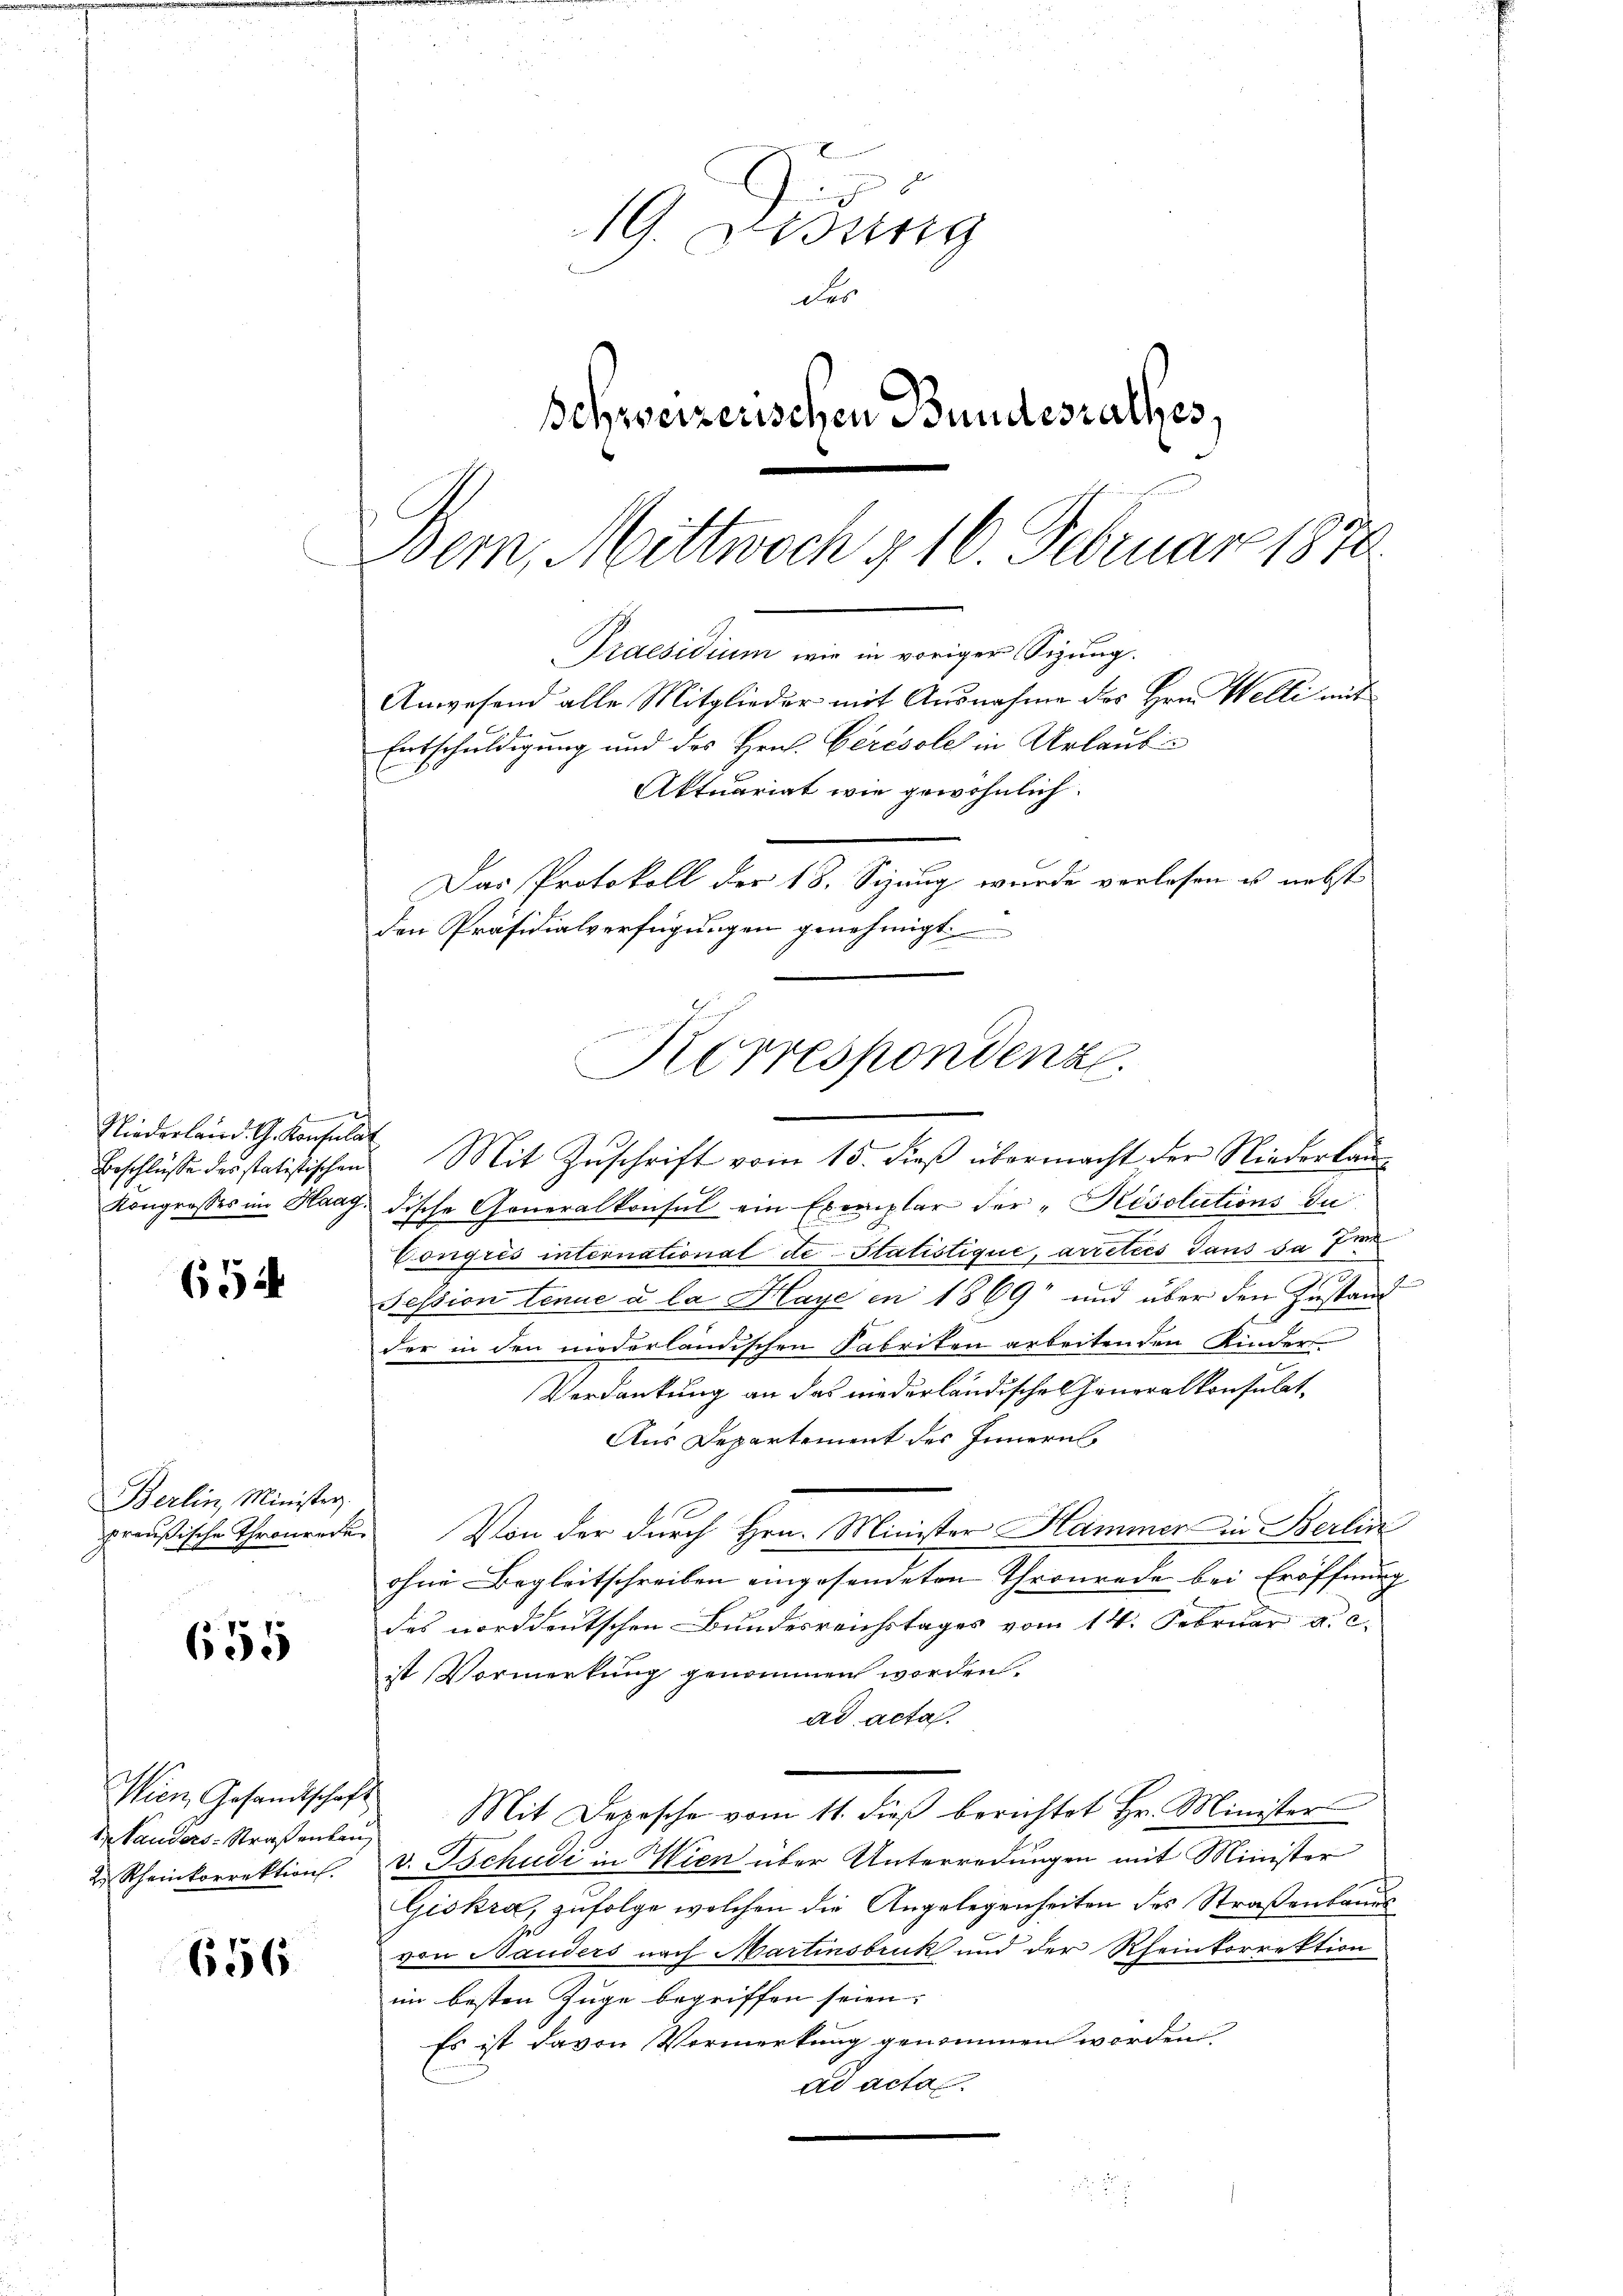
d
Niederland. G. Konsulat

654

Berlin, Minister.
preußische Thronrede.

655

Wien Gesandtschaft
d Landers-Straßenbau
2. Rheinkorrektion.

656

19. Didung
des
Schweizerischen Bundesrathes,
Bern, Mittwoch § 10. Februar 1870

Praesidium wie in voriger Sizung.
Anwesend alle Mitglieder mit Ausnahme des Hrn. Welli mit
Entschuldigung und des Hrn. Gerésole in Urlaube
Aktuariat wie gewöhnlich.
Das Protokoll der 18. Sizung wurde verlesen es nebst
den Präsidialverfügungen genehmigt
Korrespondenz

Beschlüsse des statistischen Mit Zŭschrift vom 15. dieβ übermacht der Niederkan¬
Kongrosses im Haag, dische Generalkonsul ein Exemplar der "Késolutions du
Congrés international de Statistique, arretées dans sa f
Tession tenue à la Haye in 1869 und über den Zustand
der in den niederländischen Fabriken arbeitenden Kinders
Verdankung an das niederländischen Generalkonsulat
Aus Departement des Innern
Von der durch Hrn. Minister Hammen in Berlin
ohne Begleitschreiben eingesendeten Thronrede bei Eröffnung
des norddeutschen Bundesreichstages vom 14. Februar a. c.
ist Vormerkung genommen worden.
ad acta.
Mit Depesche vom 11. dieβ berichtet Hr. Minister
v. Tschudi in Wien über Unterredungen mit Minister
Giskra, zufolge welchen die Angelegenheiten des Straßenbaues
von Bauders nach Martinsbruck und der Rheinkorrektion
im besten Zuge begriffen seien.
Es ist davon Vormerkung genommen worden.
ad acta